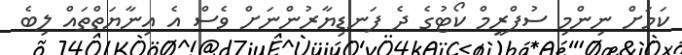
ކަމަށް ނިންމި ސުޕްރީމް ކޯޓުގެ ދެ ފަނޑިޔާރުންނަށް ވެސް އެ އިނާޔަތްތައް ލިބެ